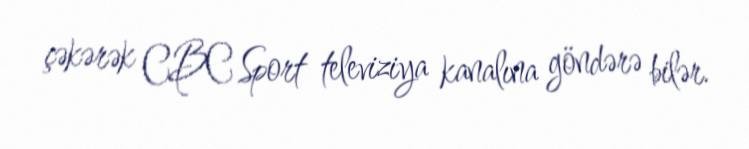
çəkərək CBC Sport televiziya kanalına göndərə bilər.